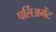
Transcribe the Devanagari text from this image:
पर्लिअमेंट